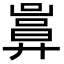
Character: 𢍬